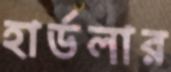
হার্ডলার